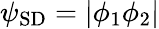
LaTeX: \psi_{\mathrm{SD}}=|\phi_{1}\phi_{2}|